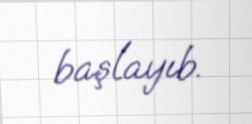
başlayıb.